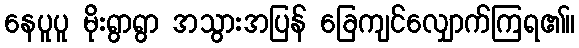
နေပူပူ မိုးရွာရွာ အသွားအပြန် ခြေကျင်လျှောက်ကြရ၏။